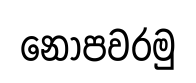
නොපවරමු